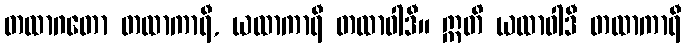
တထာဂတော တထာကာရီ, ယထာကာရီ တထာဝါဒီ။ ဣတိ ယထာဝါဒီ တထာကာရီ